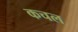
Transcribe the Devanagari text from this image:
कचल